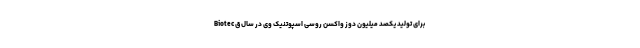
Biotec برای تولید یکصد میلیون دوز واکسن روسی اسپوتنیک وی در سال ق